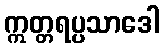
ဣတ္တရပ္ပသာဒေါ